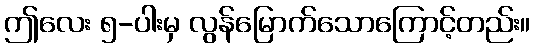
ဤလေး ၅-ပါးမှ လွန်မြောက်သောကြောင့်တည်း။